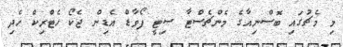
މި މެޗުގައި ބޮސްނިއާގެ މެންޗެސްޓާ ސިޓީ ފޯވާޑް އެޑިން ޖެކޯ ހެޓްރިކް ހެދި